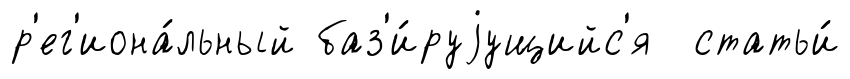
р'ег'иона́льный баз'и́руjущийс'я статьи́